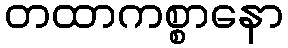
တထာကစ္စာနော